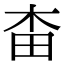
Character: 𣐭